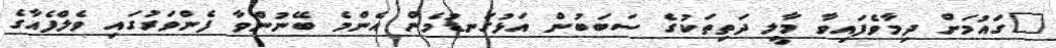
"ގައުމަށް ދިމާވެފައިވާ މާލީ ދަތިތަކުގެ ސަބަބުން އަޅުގަނޑުމެން އެންމެ ބޭނުންވާ ފެންވަރުގައި ވެލްފެއާގެ